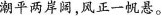
潮平两岸阔，风正一帆悬 。